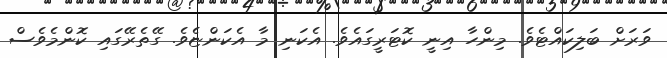
ވަރަށް ބަލިކައްޓެވެ. މިންހާ އިނީ ކޮޓަރީގައެވެ. އެކަނި މާ އެކަންޏެވެ. ގޭތެރޭގައި ކޮންމެވެސް